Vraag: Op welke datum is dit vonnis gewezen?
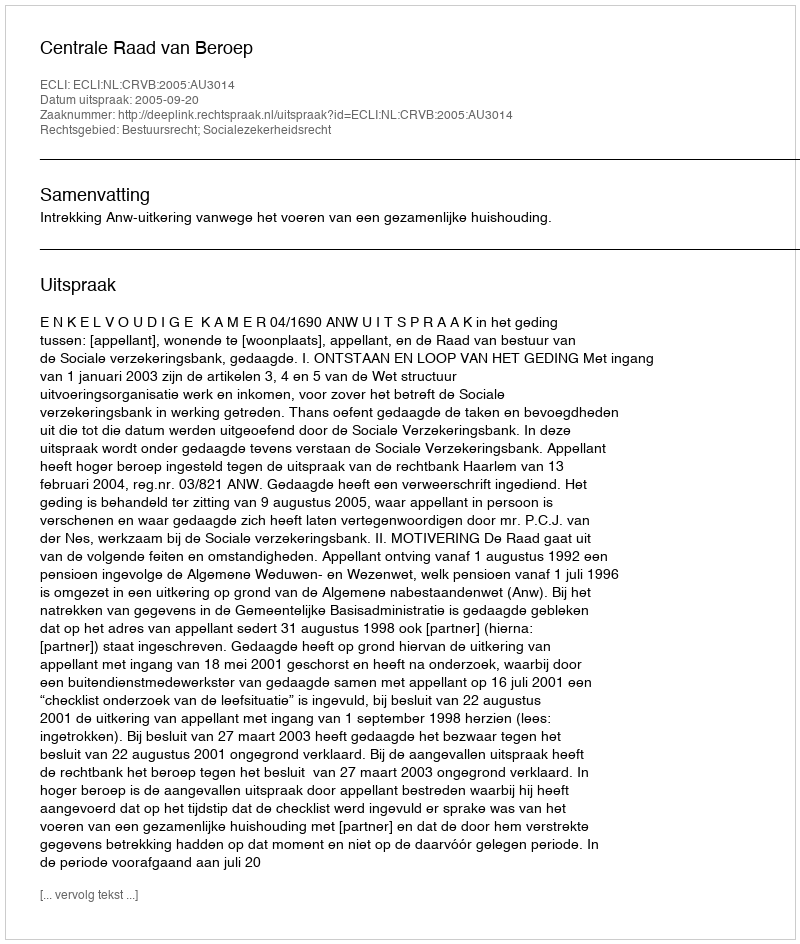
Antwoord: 2005-09-20